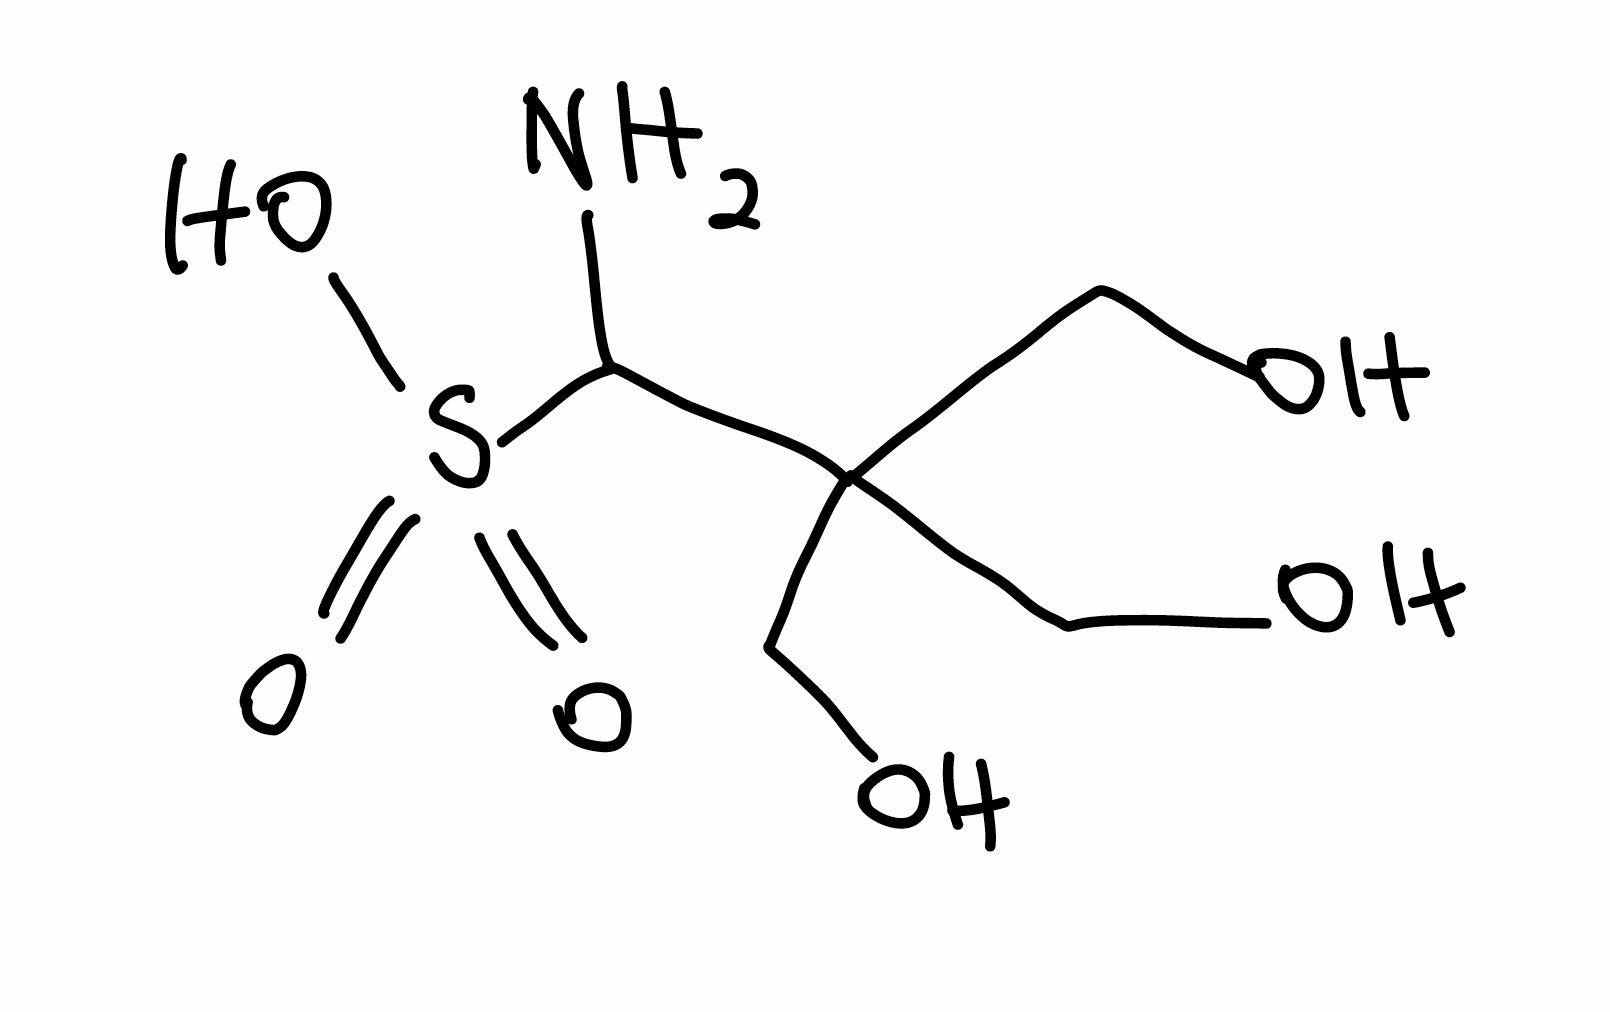
Simplified molecular-input line-entry system (SMILES) notation of the given molecule:
C(C(CO)(CO)C(N)S(=O)(=O)O)O